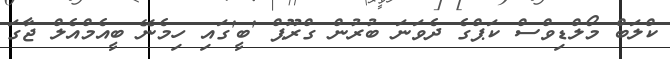
ކްލަބް މޯލްޑިވްސް ކަޕްގެ ދެވަނަ ބުރުން ގްރޫޕް 'ބީ'ގައި ހިމެނޭ ބީއެމްއެލް ޖާގަ